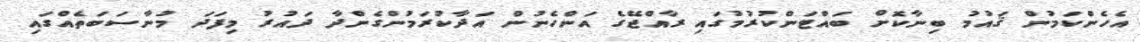
އެހެންކަމުން ޤައުމު ބިނާކޮށް ބައްޓަންކުރުމުގައި ރާއްޖޭގެ އަންހެނުން އަދާކުރަމުންގެންދާ ދައުރު މިފަދަ މުނާސަބަތެއްގައި